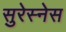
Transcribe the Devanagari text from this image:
सुरेस्नेस